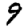
Digit: 9